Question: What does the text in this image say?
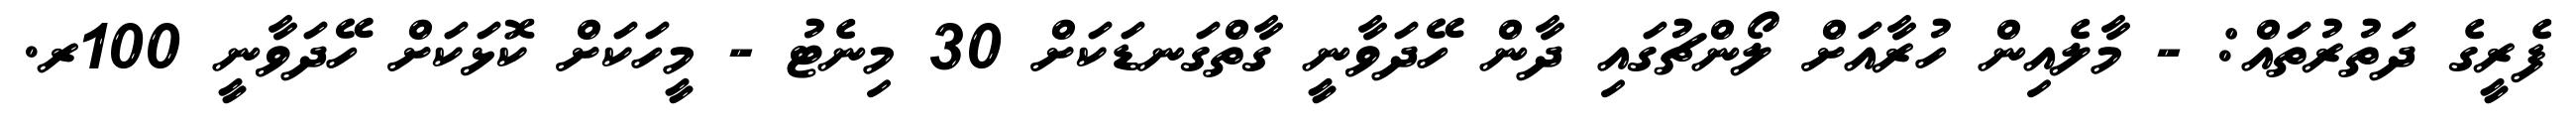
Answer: ފެރީގެ ދަތުރުތައް: - މާލެއިން ހުރާއަށް ލޯންޗުގައި ދާން ހޭދަވާނީ ގާތްގަނޑަކަށް 30 މިނެޓު - މީހަކަށް ކޮޅަކަށް ހޭދަވާނީ 100ރ.